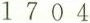
1 7 0 4